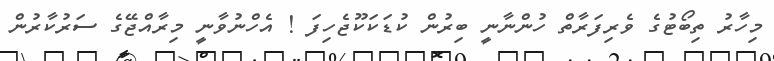
މިހާރު ތިބޯޓުގެ ވެރިފަރާތް ހުންނާނީ ބިރުން ކުޑަކަކޫޖެހިފަ ! އެހްނުވާނީ މިރާއްޖޭގެ ސަރުކާރުން